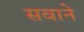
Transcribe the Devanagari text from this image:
सवाने